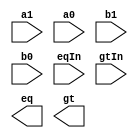
module comparator(a1, a0, b1, b0, eqIn, gtIn, eq, gt); 
	input a1, a0, b1, b0, eqIn, gtIn; 
	output eq, gt; 
	assign out = a1 & b1; 
	
endmodule